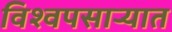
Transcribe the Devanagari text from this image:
विश्वपसाऱ्यात